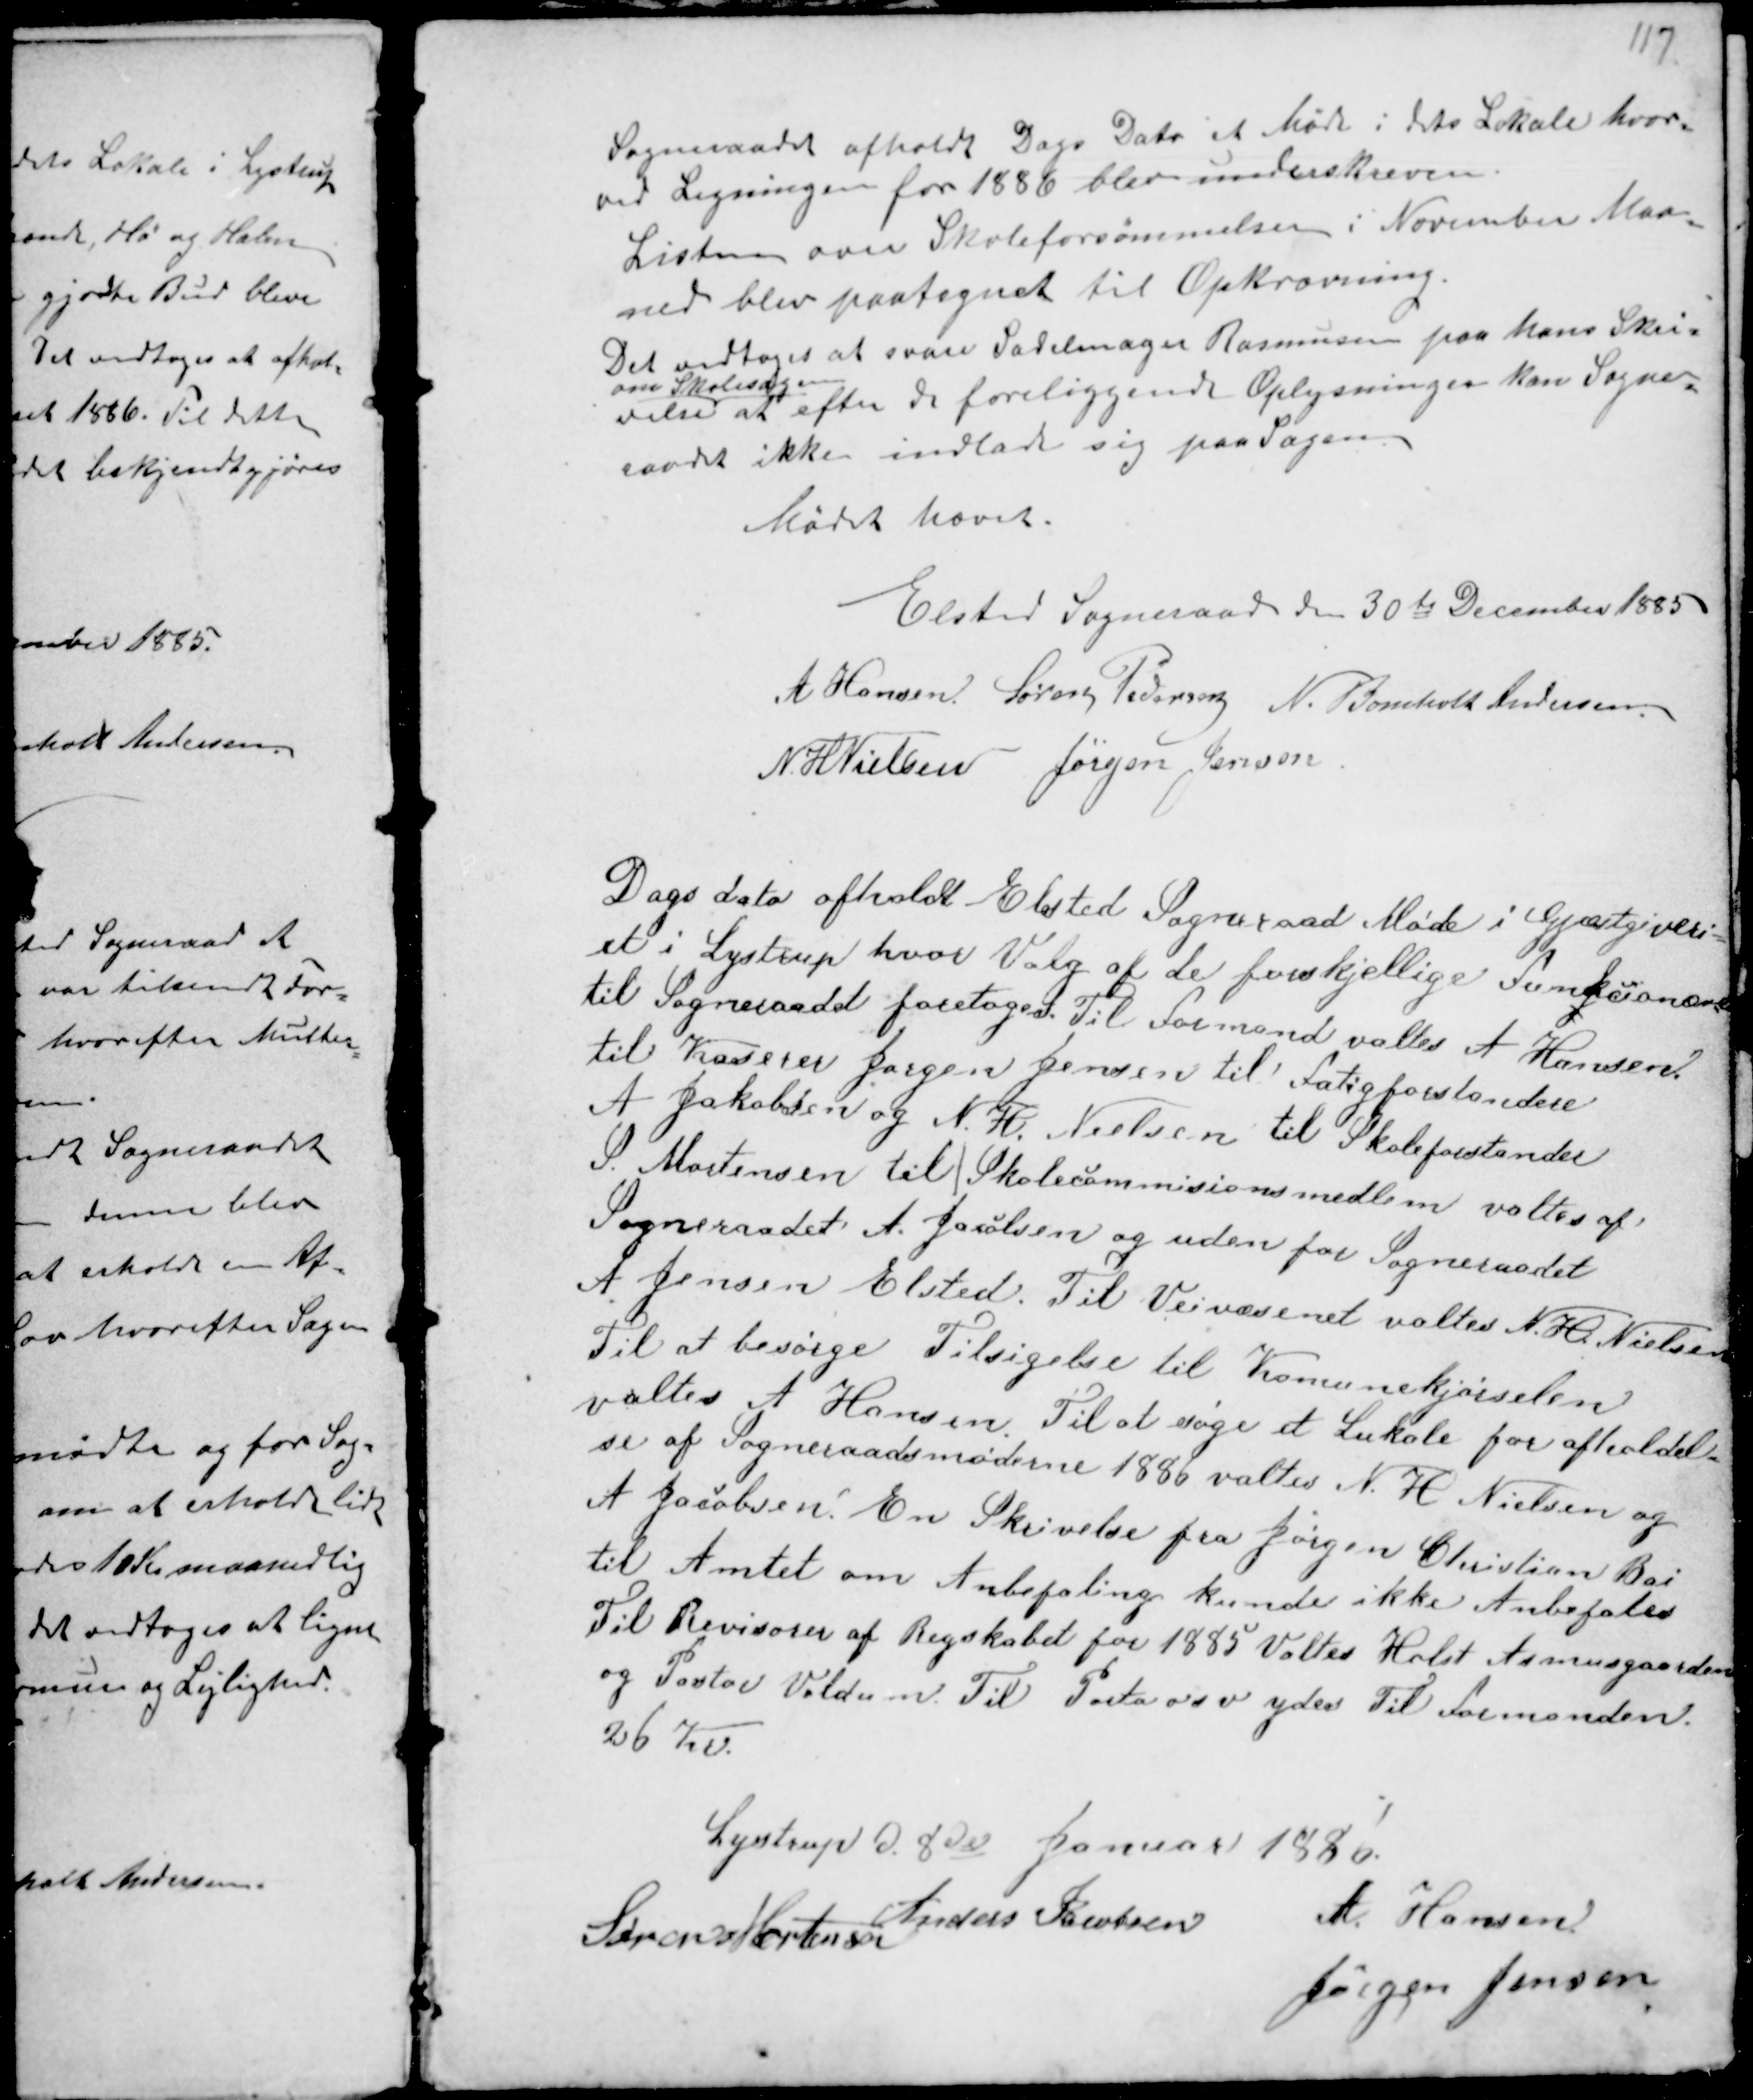
Transskription:
Sogneraadet afholdt Dags Dato et Møde i dets Lokale hvor-
ved Ligningen for 1886 blev underskreven.
Listen over Skoleforsømmelser i November Maa-
ned blev paategnet til Opkrævning.
Det vedtoges at svare Sadelmager Rasmussen paa hans Skri-
velse
om Skolesagen
at efter de foreliggende Oplysninger kan Sogne-
raadet ikke indlade sig paa Sagen.
Mødet hævet.

Elsted Sogneraad den 30te December 1885
A Hansen Søren Pedersen N. Bomholt Andersen
N. H Nielsen Jørgen Jensen

Dags Dato afholdt Elsted Sogneraad Møde i Gjæstgiveri-
et i Lystrup hvor Valg af de forskjellige Funkcionære
til Sogneraadet foretoges. Til Formand valtes A Hansen
til Kasserer Jørgen Jensen til Fatigforstandere
A Jakobsen og N. H. Nielsen til Skoleforstander
S. Mortensen til I Skolecommissionsmedlem valtes af
Sogneraadet A Jacobsen og uden for Sogneraadet
A Jensen Elsted. Til Veivæsenet valtes N. H. Nielsen
Til at besørge Tilsigelse til Kommunekjørslen
valtes A Hansen. Til at søge et Lokale for afholdel-
se af Sogneraadsmøderne 1886 valtes N. H Nielsen og
A Jacobsen. En Skrivelse fra Jørgen Christian Bai
til Amtet om Anbefaling kunde ikke Anbefales
Til Revisorer af Regnskabet for 1885 Valtes Holst Asmusgaarden
og Pastor Voldum Til Porta osv ydes til Formanden
26 Kr.

Lystrup d. 8de Januar 1880
Søren Mortensen
Anders Jacobsen
A. Hansen
Jørgen Jensen